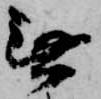
無